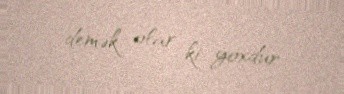
demək olar ki, yoxdur.